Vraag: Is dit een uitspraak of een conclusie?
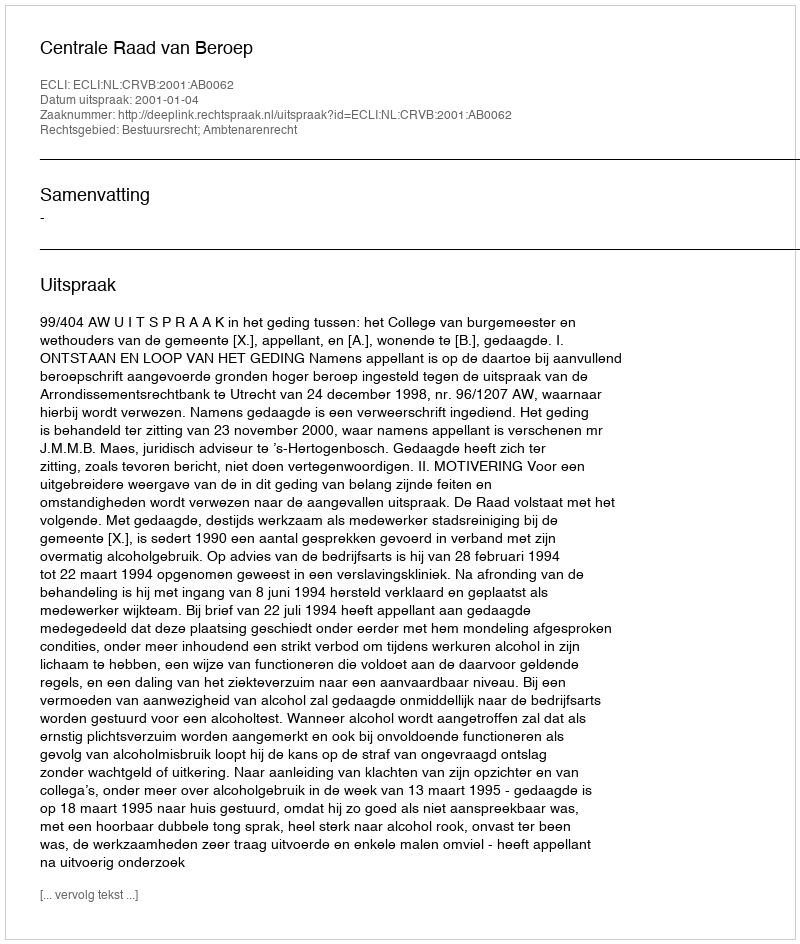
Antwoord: Uitspraak